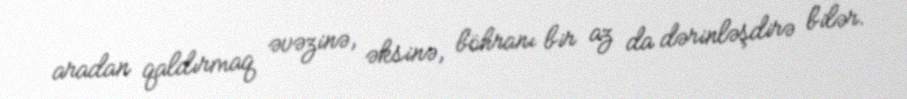
aradan qaldırmaq əvəzinə, əksinə, böhranı bir az da dərinləşdirə bilər.